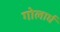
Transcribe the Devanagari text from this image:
गोलार्घ